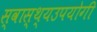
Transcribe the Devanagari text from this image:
स्वास्थ्यउपयोगी